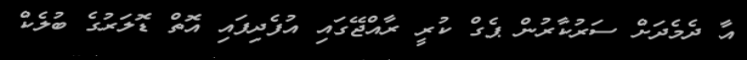
އާ ދެމެދަށް ސަރުކާރުން ޕެގް ކުރީ ރާއްޖޭގައި އުފެދިފައި އޮތް ޑޮލަރުގެ ބުލެކް